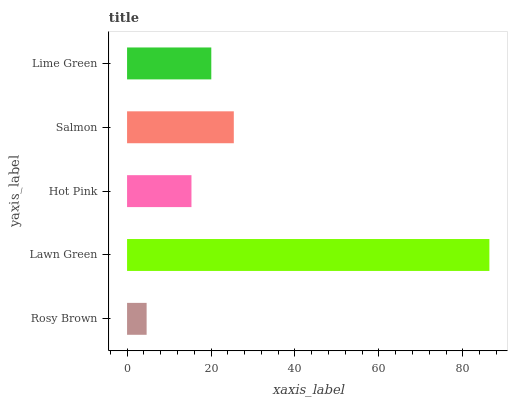
| yaxis_label | bars |
 | --- | --- |
 | Rosy Brown | 4.66 |
 | Lawn Green | 86.3 |
 | Hot Pink | 15.3 |
 | Salmon | 25.4 |
 | Lime Green | 20.1 |